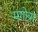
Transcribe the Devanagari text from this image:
मगोत्रा